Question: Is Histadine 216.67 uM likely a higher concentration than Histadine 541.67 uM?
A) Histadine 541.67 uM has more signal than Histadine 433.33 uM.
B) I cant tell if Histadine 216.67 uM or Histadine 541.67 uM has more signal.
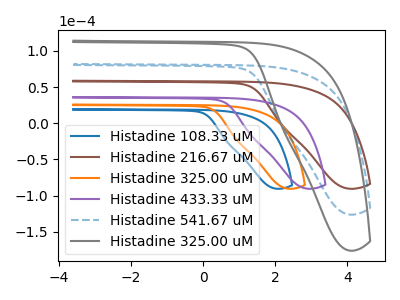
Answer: <think>The blue curve "Histadine 108.33 uM" has no peaks. The brown curve "Histadine 216.67 uM" has no peaks. The orange curve "Histadine 325.00 uM" has no peaks. The purple curve "Histadine 433.33 uM" has no peaks. The blue dashed curve "Histadine 541.67 uM" has no peaks. The gray curve "Histadine 325.00 uM" has no peaks.
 Neither "Histadine 216.67 uM" or "Histadine 541.67 uM" have any peaks.</think>
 <answer>B) I cant tell if "Histadine 216.67 uM" or "Histadine 541.67 uM" has more signal.</answer>
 <eval>B</eval>